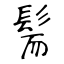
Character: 髵